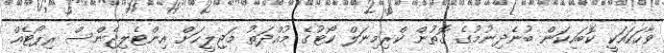
ވާހަކައަކީ ކޮބައިކަން ބުނެދިނުމުގެ ގޮތުން ކްރިމިނަލް ކޯޓުގެ މުއްދަތު މަޖިލީހަށް އިންޓެލިޖެންސް ރިޕޯޓެއް